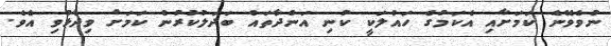
ނުވެވޭނެ ކަމަށާއި އެކަމުގެ ހައްލަކީ ކުނި އަންދާތައް ބަދަލުކުރުން ކަމަށް ވިދާޅުވި އެވެ.